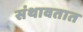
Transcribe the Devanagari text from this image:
संथावतात